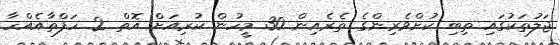
ޖަލުތަކުގައި ތިބި ކުށްވެރިންގެ ތެރެއިން 30 މީހުން ކުރިއަށް އޮތް 2 ހަފްތާއެއްހާ